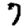
Digit: 7